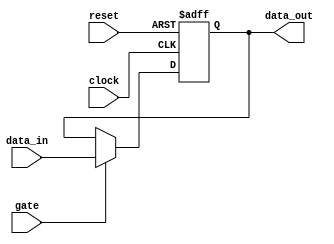
module gated_latch (
    input wire gate,
    input wire reset,
    input wire clock,
    input wire data_in,
    output reg data_out
);

always @ (posedge clock or posedge reset) begin
    if (reset) begin
        data_out <= 1'b0;
    end else begin
        if (gate) begin
            data_out <= data_in;
        end
    end
end

endmodule